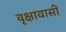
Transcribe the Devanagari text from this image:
वृक्षावासी